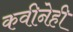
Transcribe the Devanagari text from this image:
कवीनेही